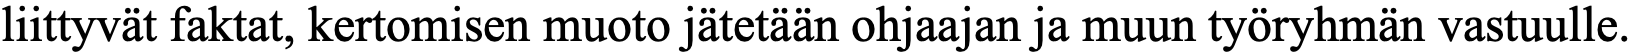
liittyvät faktat, kertomisen muoto jätetään ohjaajan ja muun työryhmän vastuulle.